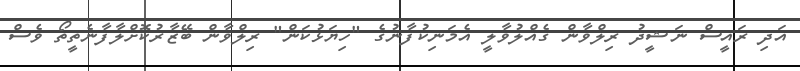
އަދި ރައީސް ނަޝީދު ރިލްވާން ގެއްލުވާލީ އެމަނިކުފާނުގެ "ހިޔަޅުކަން" ރިލްވާން ބޭޒާރުކޮށްލާފާނެތީތޯ ވެސް